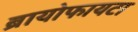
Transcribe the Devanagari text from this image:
ब्रायोफायटा